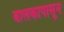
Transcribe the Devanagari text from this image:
बालकापासून